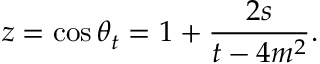
z = \cos { \theta _ { t } ^ { } } = 1 + \frac { 2 s } { t - 4 m ^ { 2 } } .